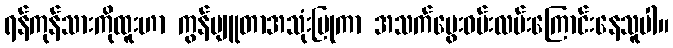
ရန်ကုန်သားကိုထူးဟာ ကွန်ပျူတာအသုံးပြုကာ အသက်မွေးဝမ်းလမ်းကြောင်းနေသူပါ။